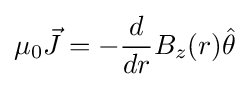
\mu _{0}{\vec {J}}=-{\frac {d}{dr}}B_{z}(r){\hat {\theta }}